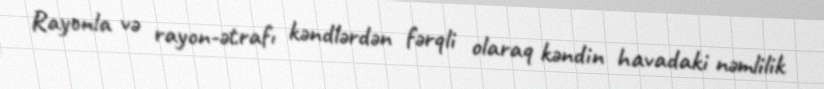
Rayonla və rayon-ətrafı kəndlərdən fərqli olaraq kəndin havadaki nəmlilik